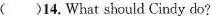
( )14. What should Cindy do?